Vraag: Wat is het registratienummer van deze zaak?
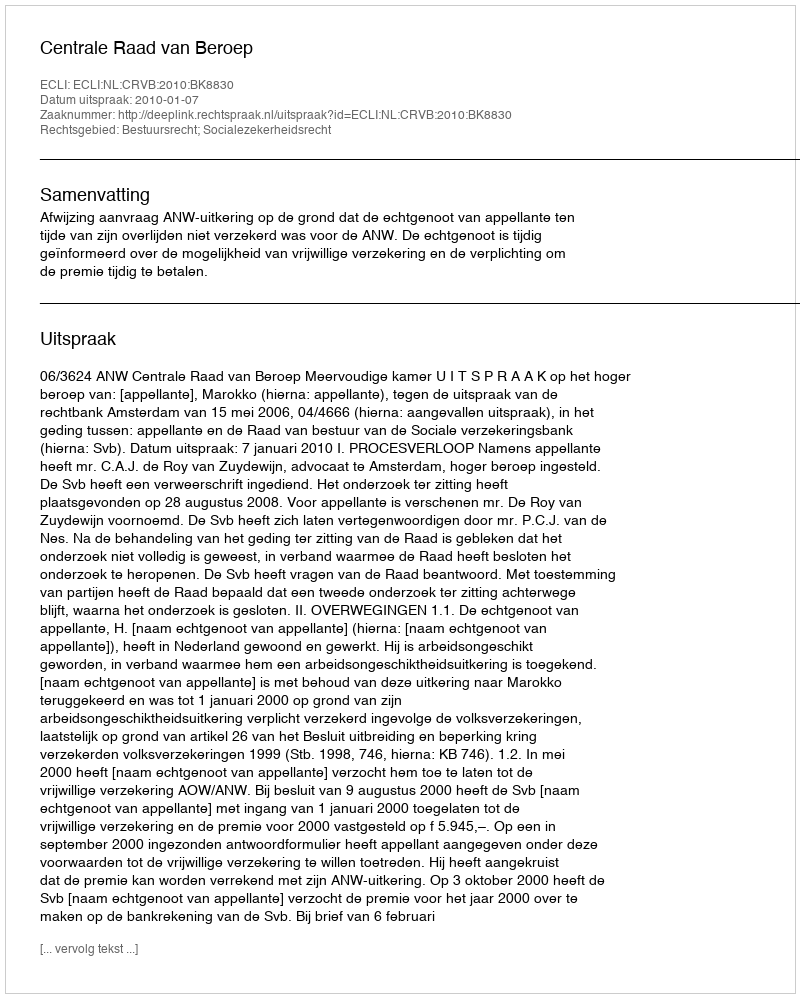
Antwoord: http://deeplink.rechtspraak.nl/uitspraak?id=ECLI:NL:CRVB:2010:BK8830